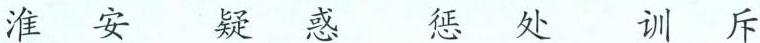
淮 安 疑 惑 惩 处 训 斥